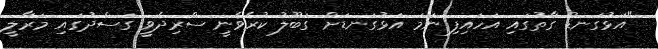
"އަޅުގަނޑު ގާތުގައި އަހައިފި ނަމަ އަޅުގަނޑަށް ގަބޫލު ކުރެވެނީ ސްރިދެވީ ގަސްދުުގައި މަރާލީ